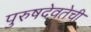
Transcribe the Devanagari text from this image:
पुरुषदेवतेची